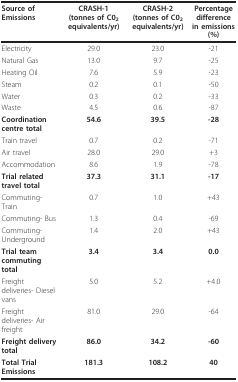
<table><thead><tr><td><b>Source of Emissions</b></td><td><b>CRASH-1(tonnes of C0<sub>2 </sub>equivalents/yr)</b></td><td><b>CRASH-2(tonnes of C0<sub>2 </sub>equivalents/yr)</b></td><td><b>Percentage differencein emissions (%)</b></td></tr></thead><tbody><tr><td>Electricity</td><td>29.0</td><td>23.0</td><td>-21</td></tr><tr><td>Natural Gas</td><td>13.0</td><td>9.7</td><td>-25</td></tr><tr><td>Heating Oil</td><td>7.6</td><td>5.9</td><td>-23</td></tr><tr><td>Steam</td><td>0.2</td><td>0.1</td><td>-50</td></tr><tr><td>Water</td><td>0.3</td><td>0.2</td><td>-33</td></tr><tr><td>Waste</td><td>4.5</td><td>0.6</td><td>-87</td></tr><tr><td><b>Coordination centre total</b></td><td><b>54.6</b></td><td><b>39.5</b></td><td><b>-28</b></td></tr><tr><td>Train travel</td><td>0.7</td><td>0.2</td><td>-71</td></tr><tr><td>Air travel</td><td>28.0</td><td>29.0</td><td>+3</td></tr><tr><td>Accommodation</td><td>8.6</td><td>1.9</td><td>-78</td></tr><tr><td><b>Trial related travel total</b></td><td><b>37.3</b></td><td><b>31.1</b></td><td><b>-17</b></td></tr><tr><td>Commuting-Train</td><td>0.7</td><td>1.0</td><td>+43</td></tr><tr><td>Commuting- Bus</td><td>1.3</td><td>0.4</td><td>-69</td></tr><tr><td>Commuting- Underground</td><td>1.4</td><td>2.0</td><td>+43</td></tr><tr><td><b>Trial team commuting total</b></td><td><b>3.4</b></td><td><b>3.4</b></td><td><b>0.0</b></td></tr><tr><td>Freight deliveries- Diesel vans</td><td>5.0</td><td>5.2</td><td>+4.0</td></tr><tr><td>Freight deliveries- Air freight</td><td>81.0</td><td>29.0</td><td>-64</td></tr><tr><td><b>Freight delivery total</b></td><td><b>86.0</b></td><td><b>34.2</b></td><td><b>-60</b></td></tr><tr><td><b>Total Trial Emissions</b></td><td><b>181.3</b></td><td><b>108.2</b></td><td><b>40</b></td></tr></tbody></table>